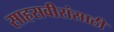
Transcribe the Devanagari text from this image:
साहसवीरांसाठी